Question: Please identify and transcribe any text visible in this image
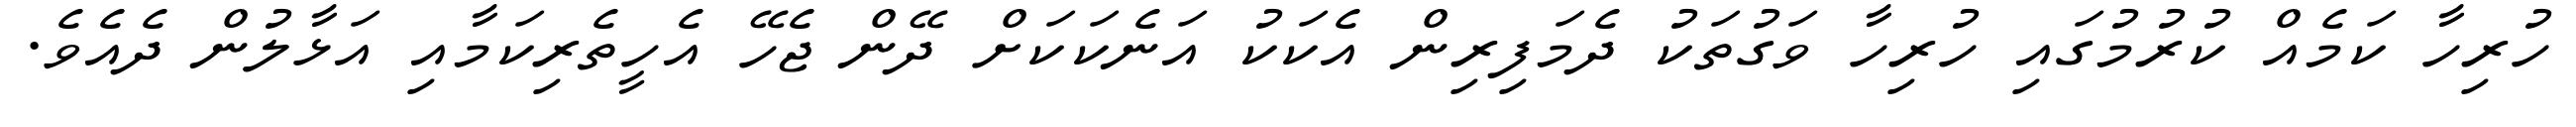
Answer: ހުރިހާ ކަމެއް ކުރުމުގައި ހުރިހާ ވަގުތަކު ދެމަފިރިން އެކަކު އަނެކަކަށް ދޭން ޖެހޭ އެހީތެރިކަމާއި އަޅާލުން ދެއެވެ.